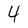
Character: 4